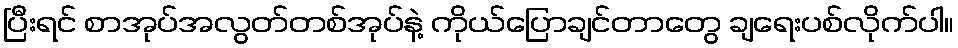
ပြီးရင် စာအုပ်အလွတ်တစ်အုပ်နဲ့ ကိုယ်ပြောချင်တာတွေ ချရေးပစ်လိုက်ပါ။